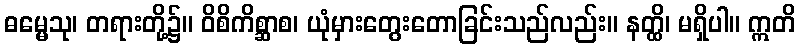
ဓမ္မေသု၊ တရားတို့၌။ ဝိစိကိစ္ဆာစ၊ ယုံမှားတွေးတောခြင်းသည်လည်း။ နတ္ထိ၊ မရှိပါ။ ဣတိ